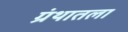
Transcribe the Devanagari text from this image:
ग्रंथातला